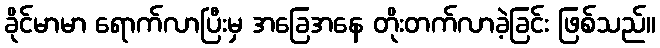
ခိုင်မာမာ ရောက်လာပြီးမှ အခြေအနေ တိုးတက်လာခဲ့ခြင်း ဖြစ်သည်။